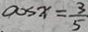
\cos x = \frac { 3 } { 5 }